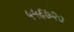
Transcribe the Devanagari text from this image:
५५६७२०